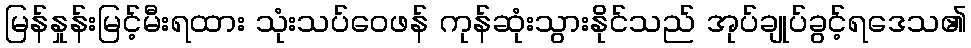
မြန်နှုန်းမြင့်မီးရထား သုံးသပ်ဝေဖန် ကုန်ဆုံးသွားနိုင်သည် အုပ်ချုပ်ခွင့်ရဒေသ၏